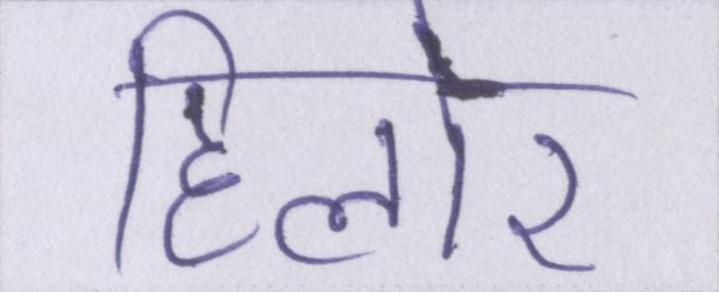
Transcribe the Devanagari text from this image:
हिलोर